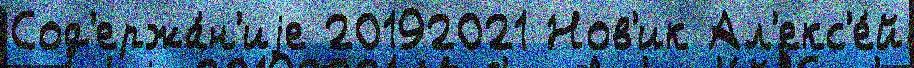
Сод'ержа́н'иjе 20192021 Нов'ик Ал'екс'е́й